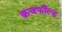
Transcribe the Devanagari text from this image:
क्रचफील्ड